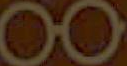
00